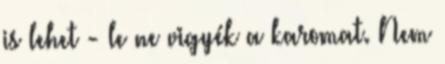
is lehet - le ne vigyék a karomat. Nem